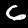
Label: 6